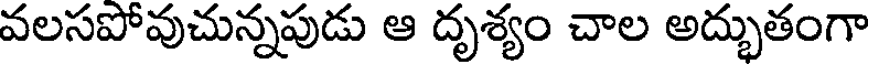
వలసపోవుచున్నపుడు ఆ దృశ్యం చాల అద్భుతంగా